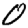
Digit: 0